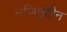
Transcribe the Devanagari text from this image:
नजिमुद्दीन